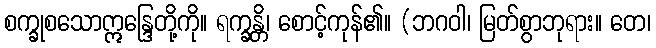
စက္ခုစသောဣန္ဒြေတို့ကို။ ရက္ခန္တိ၊ စောင့်ကုန်၏။ (ဘဂဝါ၊ မြတ်စွာဘုရား။ တေ၊